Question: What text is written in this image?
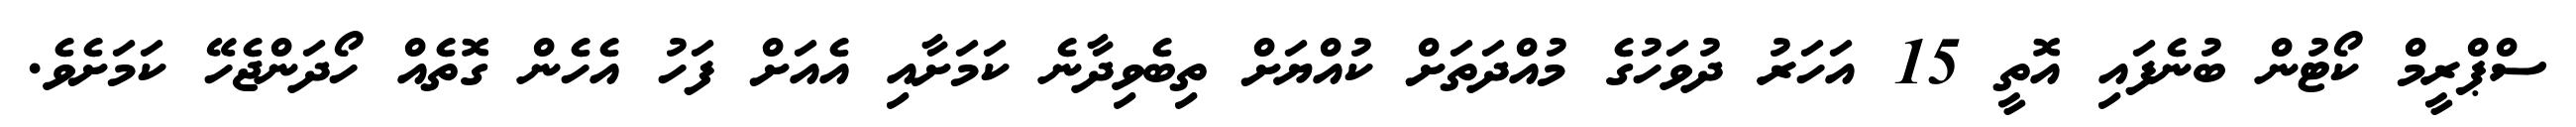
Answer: ސްޕްރީމް ކޯޓުން ބުނެފައި އޮތީ 15 އަހަރު ދުވަހުގެ މުއްދަތަށް ކުއްޔަށް ތިބެވިދާނެ ކަމަށާއި އެއަށް ފަހު އެހެން ގޮތެއް ހޯދަންޖެހޭ ކަމަށެވެ.